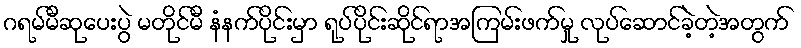
ဂရမ်မီဆုပေးပွဲ မတိုင်မီ နံနက်ပိုင်းမှာ ရုပ်ပိုင်းဆိုင်ရာအကြမ်းဖက်မှု လုပ်ဆောင်ခဲ့တဲ့အတွက်